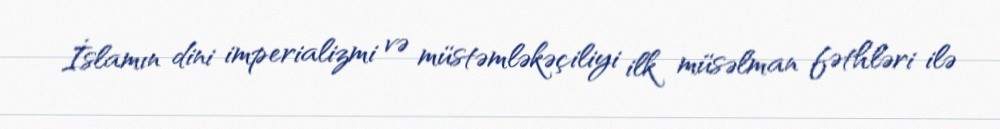
İslamın dini imperializmi və müstəmləkəçiliyi ilk müsəlman fəthləri ilə